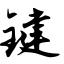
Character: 键